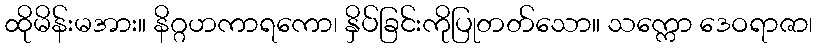
ထိုမိန်းမအား။ နိဂ္ဂဟကာရကော၊ နှိပ်ခြင်းကိုပြုတတ်သော။ သက္ကော ဒေဝရာဇာ၊